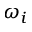
\omega _ { i }